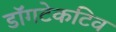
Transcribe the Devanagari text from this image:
डॉगटेकटिव